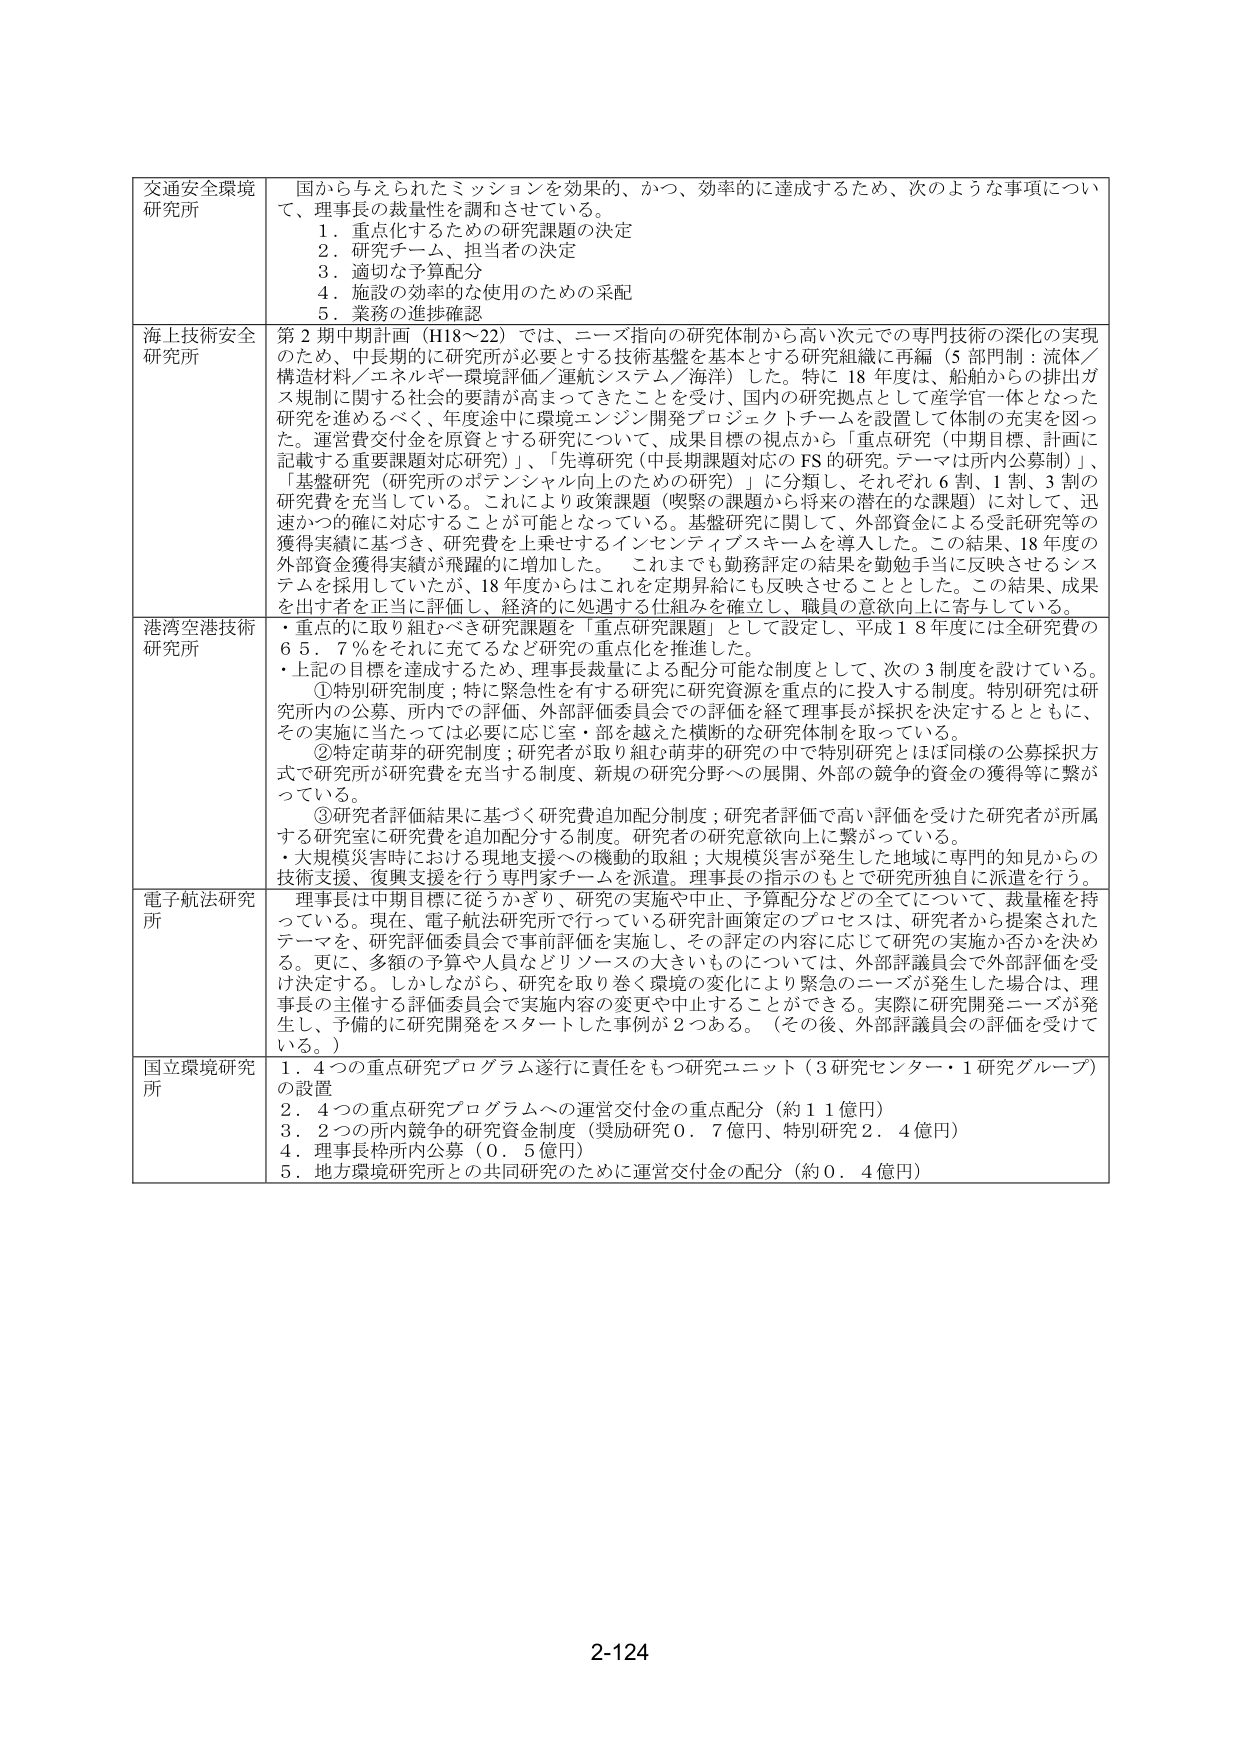
交通安全環境
研究所
国から与えられたミッションを効果的、かつ、効率的に達成するため、次のような事項について、理事長の裁量性を調和させている。
1．重点化するための研究課題の決定
2．研究チーム、担当者の決定
3．適切な予算配分
4．施設の効率的な使用のための采配
5．業務の進捗確認

海上技術安全
研究所
第2期中期計画（H18～22）では、ニーズ指向の研究体制から高い次元での専門技術の深化の実現のため、中長期的に研究所が必要とする技術基盤を基本とする研究組織に再編（5部門制：流体／構造材料／エネルギー環境評価／運航システム／海洋）した。特に18年度は、船舶からの排出ガス規制に関する社会的要請が高まってきたことを受け、国内の研究拠点として産学官一体となった研究を進めるべく、年度途中に環境エンジン開発プロジェクトチームを設置して体制の充実を図った。運営費交付金を原資とする研究について、成果目標の視点から「重点研究（中期目標、計画に記載する重要課題対応研究）」、「先導研究（中長期課題対応のFS的研究。テーマは所内公募制）」、「基盤研究（研究所のポテンシャル向上のための研究）」に分類し、それぞれ6割、1割、3割の研究費を充当している。これにより政策課題（喫緊の課題から将来の潜在的な課題）に対して、迅速かつ的確に対応することが可能となっている。基盤研究に関して、外部資金による受託研究等の獲得実績に基づき、研究費を上乗せするインセンティブスキームを導入した。この結果、18年度の外部資金獲得実績が飛躍的に増加した。これまでも勤務評定の結果を勤勉手当に反映させるシステムを採用していたが、18年度からはこれを定期昇給にも反映させることとした。この結果、成果を出す者を正当に評価し、経済的に処遇する仕組みを確立し、職員の意欲向上に寄与している。

港湾空港技術
研究所
・重点的に取り組むべき研究課題を「重点研究課題」として設定し、平成18年度には全研究費の65．7％をそれに充てるなど研究の重点化を推進した。
・上記の目標を達成するため、理事長裁量による配分可能な制度として、次の3制度を設けている。
　①特別研究制度；特に緊急性を有する研究に研究資源を重点的に投入する制度。特別研究は研究所内の公募、所内での評価、外部評価委員会での評価を経て理事長が採択を決定するとともに、その実施に当たっては必要に応じ室・部を越えた横断的な研究体制を取っている。
　②特定萌芽的研究制度；研究者が取り組む萌芽的研究の中で特別研究とほぼ同様の公募採択方式で研究所が研究費を充当する制度、新規の研究分野への展開、外部の競争的資金の獲得等に繋がっている。
　③研究者評価結果に基づく研究費追加配分制度；研究者評価で高い評価を受けた研究者が所属する研究室に研究費を追加配分する制度。研究者の研究意欲向上に繋がっている。
・大規模災害時における現地支援への機動的取組；大規模災害が発生した地域に専門的知見からの技術支援、復興支援を行う専門家チームを派遣。理事長の指示のもとで研究所独自に派遣を行う。

電子航法研究
所
理事長は中期目標に従うかぎり、研究の実施や中止、予算配分などの全てについて、裁量権を持っている。現在、電子航法研究所で行っている研究計画策定のプロセスは、研究者から提案されたテーマを、研究評価委員会で事前評価を実施し、その評定の内容に応じて研究の実施か否かを決める。更に、多額の予算や人員などリソースの大きいものについては、外部評議員会で外部評価を受け決定する。しかしながら、研究を取り巻く環境の変化により緊急のニーズが発生した場合は、理事長の主催する評価委員会で実施内容の変更や中止することができる。実際に研究開発ニーズが発生し、予備的に研究開発をスタートした事例が2つある。（その後、外部評議員会の評価を受けて いる。）

国立環境研究
所
1．4つの重点研究プログラム遂行に責任をもつ研究ユニット（3研究センター・1研究グループ）の設置
2．4つの重点研究プログラムへの運営交付金の重点配分（約11億円）
3．2つの所内競争的研究資金制度（奨励研究0．7億円、特別研究2．4億円）
4．理事長枠所内公募（0．5億円）
5．地方環境研究所との共同研究のために運営交付金の配分（約0．4億円）

2-124